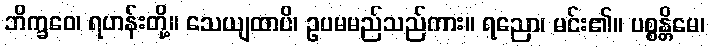
ဘိက္ခဝေ၊ ရဟန်းတို့။ သေယျထာပိ၊ ဥပမမည်သည်ကား။ ရညော၊ မင်း၏။ ပစ္စန္တိမေ၊